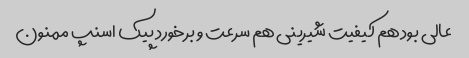
عالی بود هم کیفیت شیرینی هم سرعت و برخورد پیک اسنپ ممنون